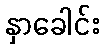
နှာခေါင်း